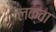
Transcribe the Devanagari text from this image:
लक्वा